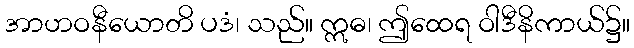
အာဟဝနီယောတိ ပဒံ၊ သည်။ ဣဓ၊ ဤထေရ ဝါဒီနိကာယ်၌။